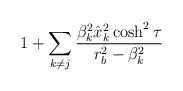
\begin{align*}1+\sum_{k\ne j} {\beta_k^2 \hat x_k^2\cosh^2\tau \over r^2_b -\beta_k^2}\end{align*}